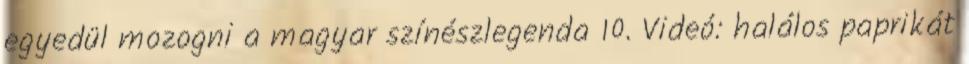
egyedül mozogni a magyar színészlegenda 10. Videó: halálos paprikát